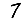
Digit: 7